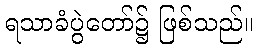
ရသာခံပွဲတော်၌ ဖြစ်သည်။